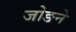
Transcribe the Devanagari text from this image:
जोङने